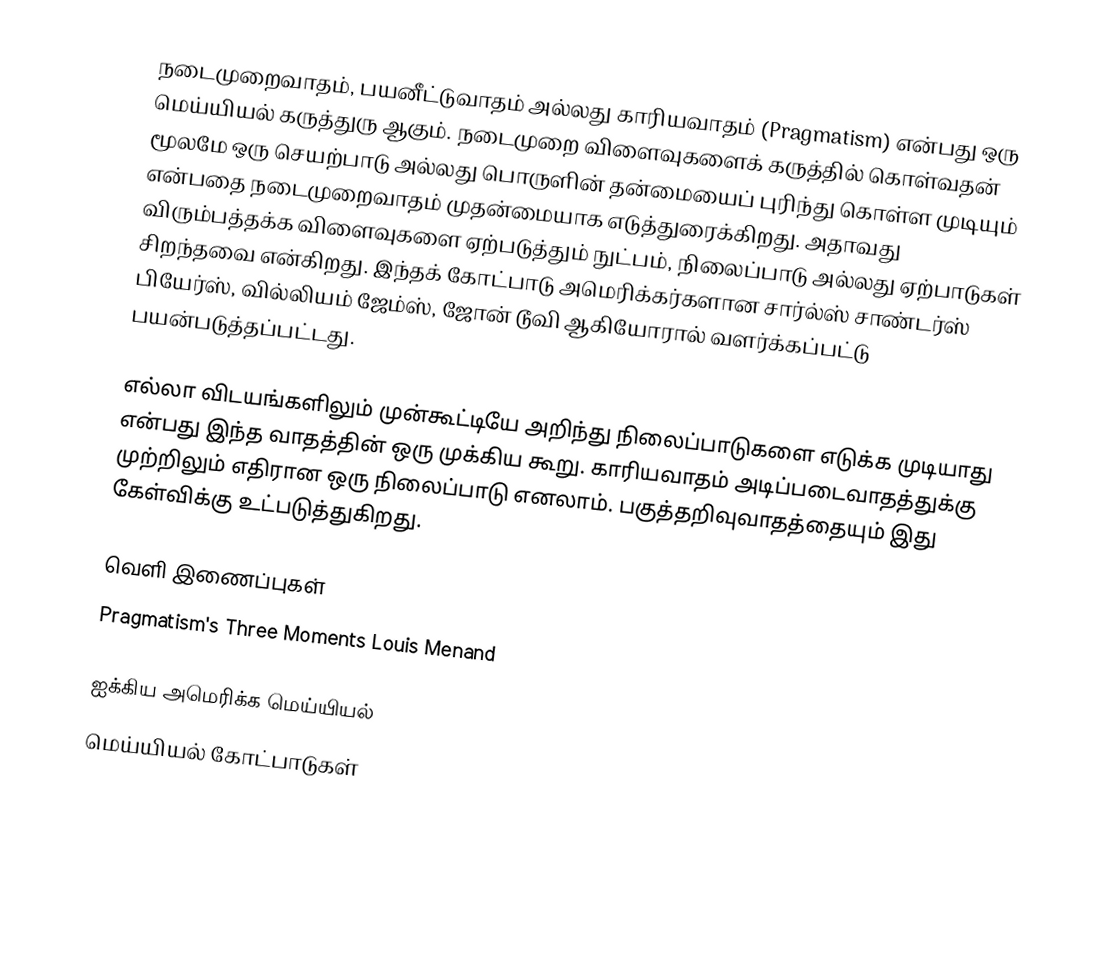
நடைமுறைவாதம், பயனீட்டுவாதம் அல்லது காரியவாதம் (Pragmatism) என்பது ஒரு மெய்யியல் கருத்துரு ஆகும். நடைமுறை விளைவுகளைக் கருத்தில் கொள்வதன் மூலமே ஒரு செயற்பாடு அல்லது பொருளின் தன்மையைப் புரிந்து கொள்ள முடியும் என்பதை நடைமுறைவாதம் முதன்மையாக எடுத்துரைக்கிறது. அதாவது விரும்பத்தக்க விளைவுகளை ஏற்படுத்தும் நுட்பம், நிலைப்பாடு அல்லது ஏற்பாடுகள் சிறந்தவை என்கிறது. இந்தக் கோட்பாடு அமெரிக்கர்களான சார்ல்ஸ் சாண்டர்ஸ் பியேர்ஸ், வில்லியம் ஜேம்ஸ், ஜோன் டூவி ஆகியோரால் வளர்க்கப்பட்டு பயன்படுத்தப்பட்டது.

எல்லா விடயங்களிலும் முன்கூட்டியே அறிந்து நிலைப்பாடுகளை எடுக்க முடியாது என்பது இந்த வாதத்தின் ஒரு முக்கிய கூறு. காரியவாதம் அடிப்படைவாதத்துக்கு முற்றிலும் எதிரான ஒரு நிலைப்பாடு எனலாம். பகுத்தறிவுவாதத்தையும் இது கேள்விக்கு உட்படுத்துகிறது.

வெளி இணைப்புகள்
 Pragmatism's Three Moments  Louis Menand

ஐக்கிய அமெரிக்க மெய்யியல்
மெய்யியல் கோட்பாடுகள்